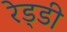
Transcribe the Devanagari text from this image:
रेड्‌डी